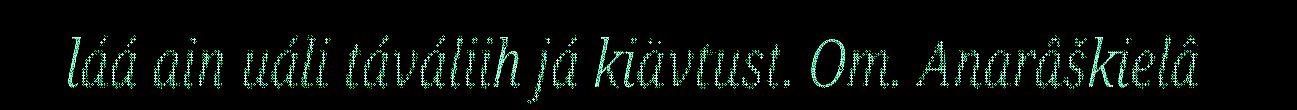
láá ain uáli táváliih já kiävtust. Om. Anarâškielâ